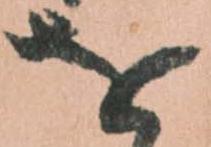
を